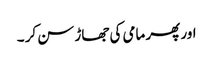
اور پھر مامی کی جھاڑ سن کر ۔